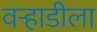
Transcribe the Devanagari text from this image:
वर्‍हाडीला